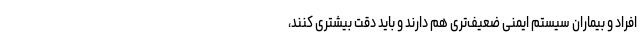
افراد و بیماران سیستم ایمنی ضعیف‌تری هم دارند و باید دقت بیشتری کنند،